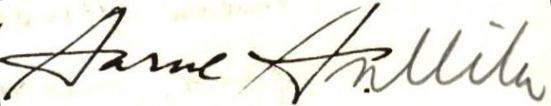
Aarne Anllila